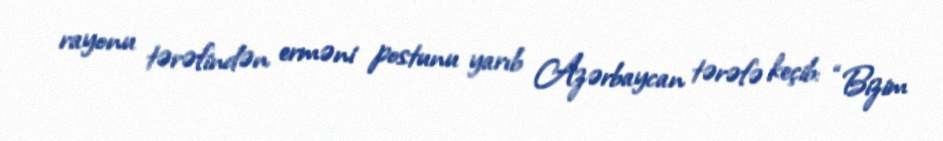
rayonu tərəfindən erməni postunu yarıb Azərbaycan tərəfə keçib: “Bizim